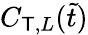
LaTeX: C_{\mathsf{T},L}(\tilde{{t}})